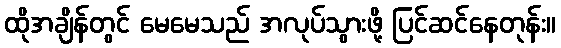
ထိုအချိန်တွင် မေမေသည် အလုပ်သွားဖို့ ပြင်ဆင်နေတုန်း။